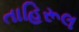
તાહિરૂલ